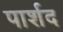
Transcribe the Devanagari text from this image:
पार्शद